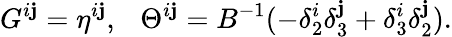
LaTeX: G^{i\mathbf{j}}=\eta^{i\mathbf{j}},\ \ \ \Theta^{i\mathbf{j}}=B^{-1}(-\delta_{2}^{i}\delta_{3}^{\mathbf{j}}+\delta_{3}^{i}\delta_{2}^{\mathbf{j}}).